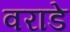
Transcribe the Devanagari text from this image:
वराडे